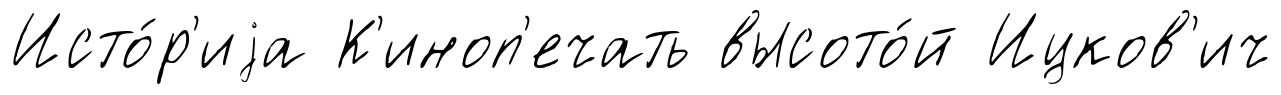
Исто́р'иjа К'иноп'ечать высото́й Ицков'ич